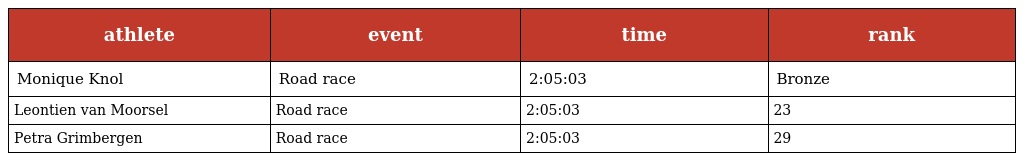
| athlete | event | time | rank |
 | --- | --- | --- | --- |
 | Monique Knol | Road race | 2:05:03 | Bronze |
 | Leontien van Moorsel | Road race | 2:05:03 | 23 |
 | Petra Grimbergen | Road race | 2:05:03 | 29 |